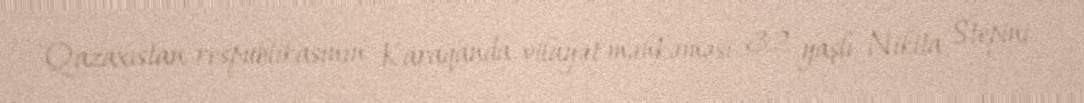
Qazaxıstan respublikasının Karaqanda vilayət məhkəməsi 32 yaşlı Nikita Stepini